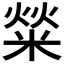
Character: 𤌟